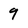
Character: 9